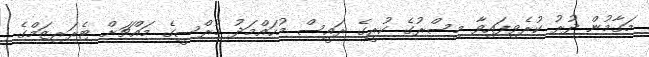
މަގާމުން ދުރު ކުރެވިފައިވާ މިސްރުގެ ކުރީގެ ރައީސް މުހައްމަދު މުރްސީގެ މައްޗަށް ޓެރަރިޒަމްގެ